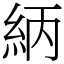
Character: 䋑